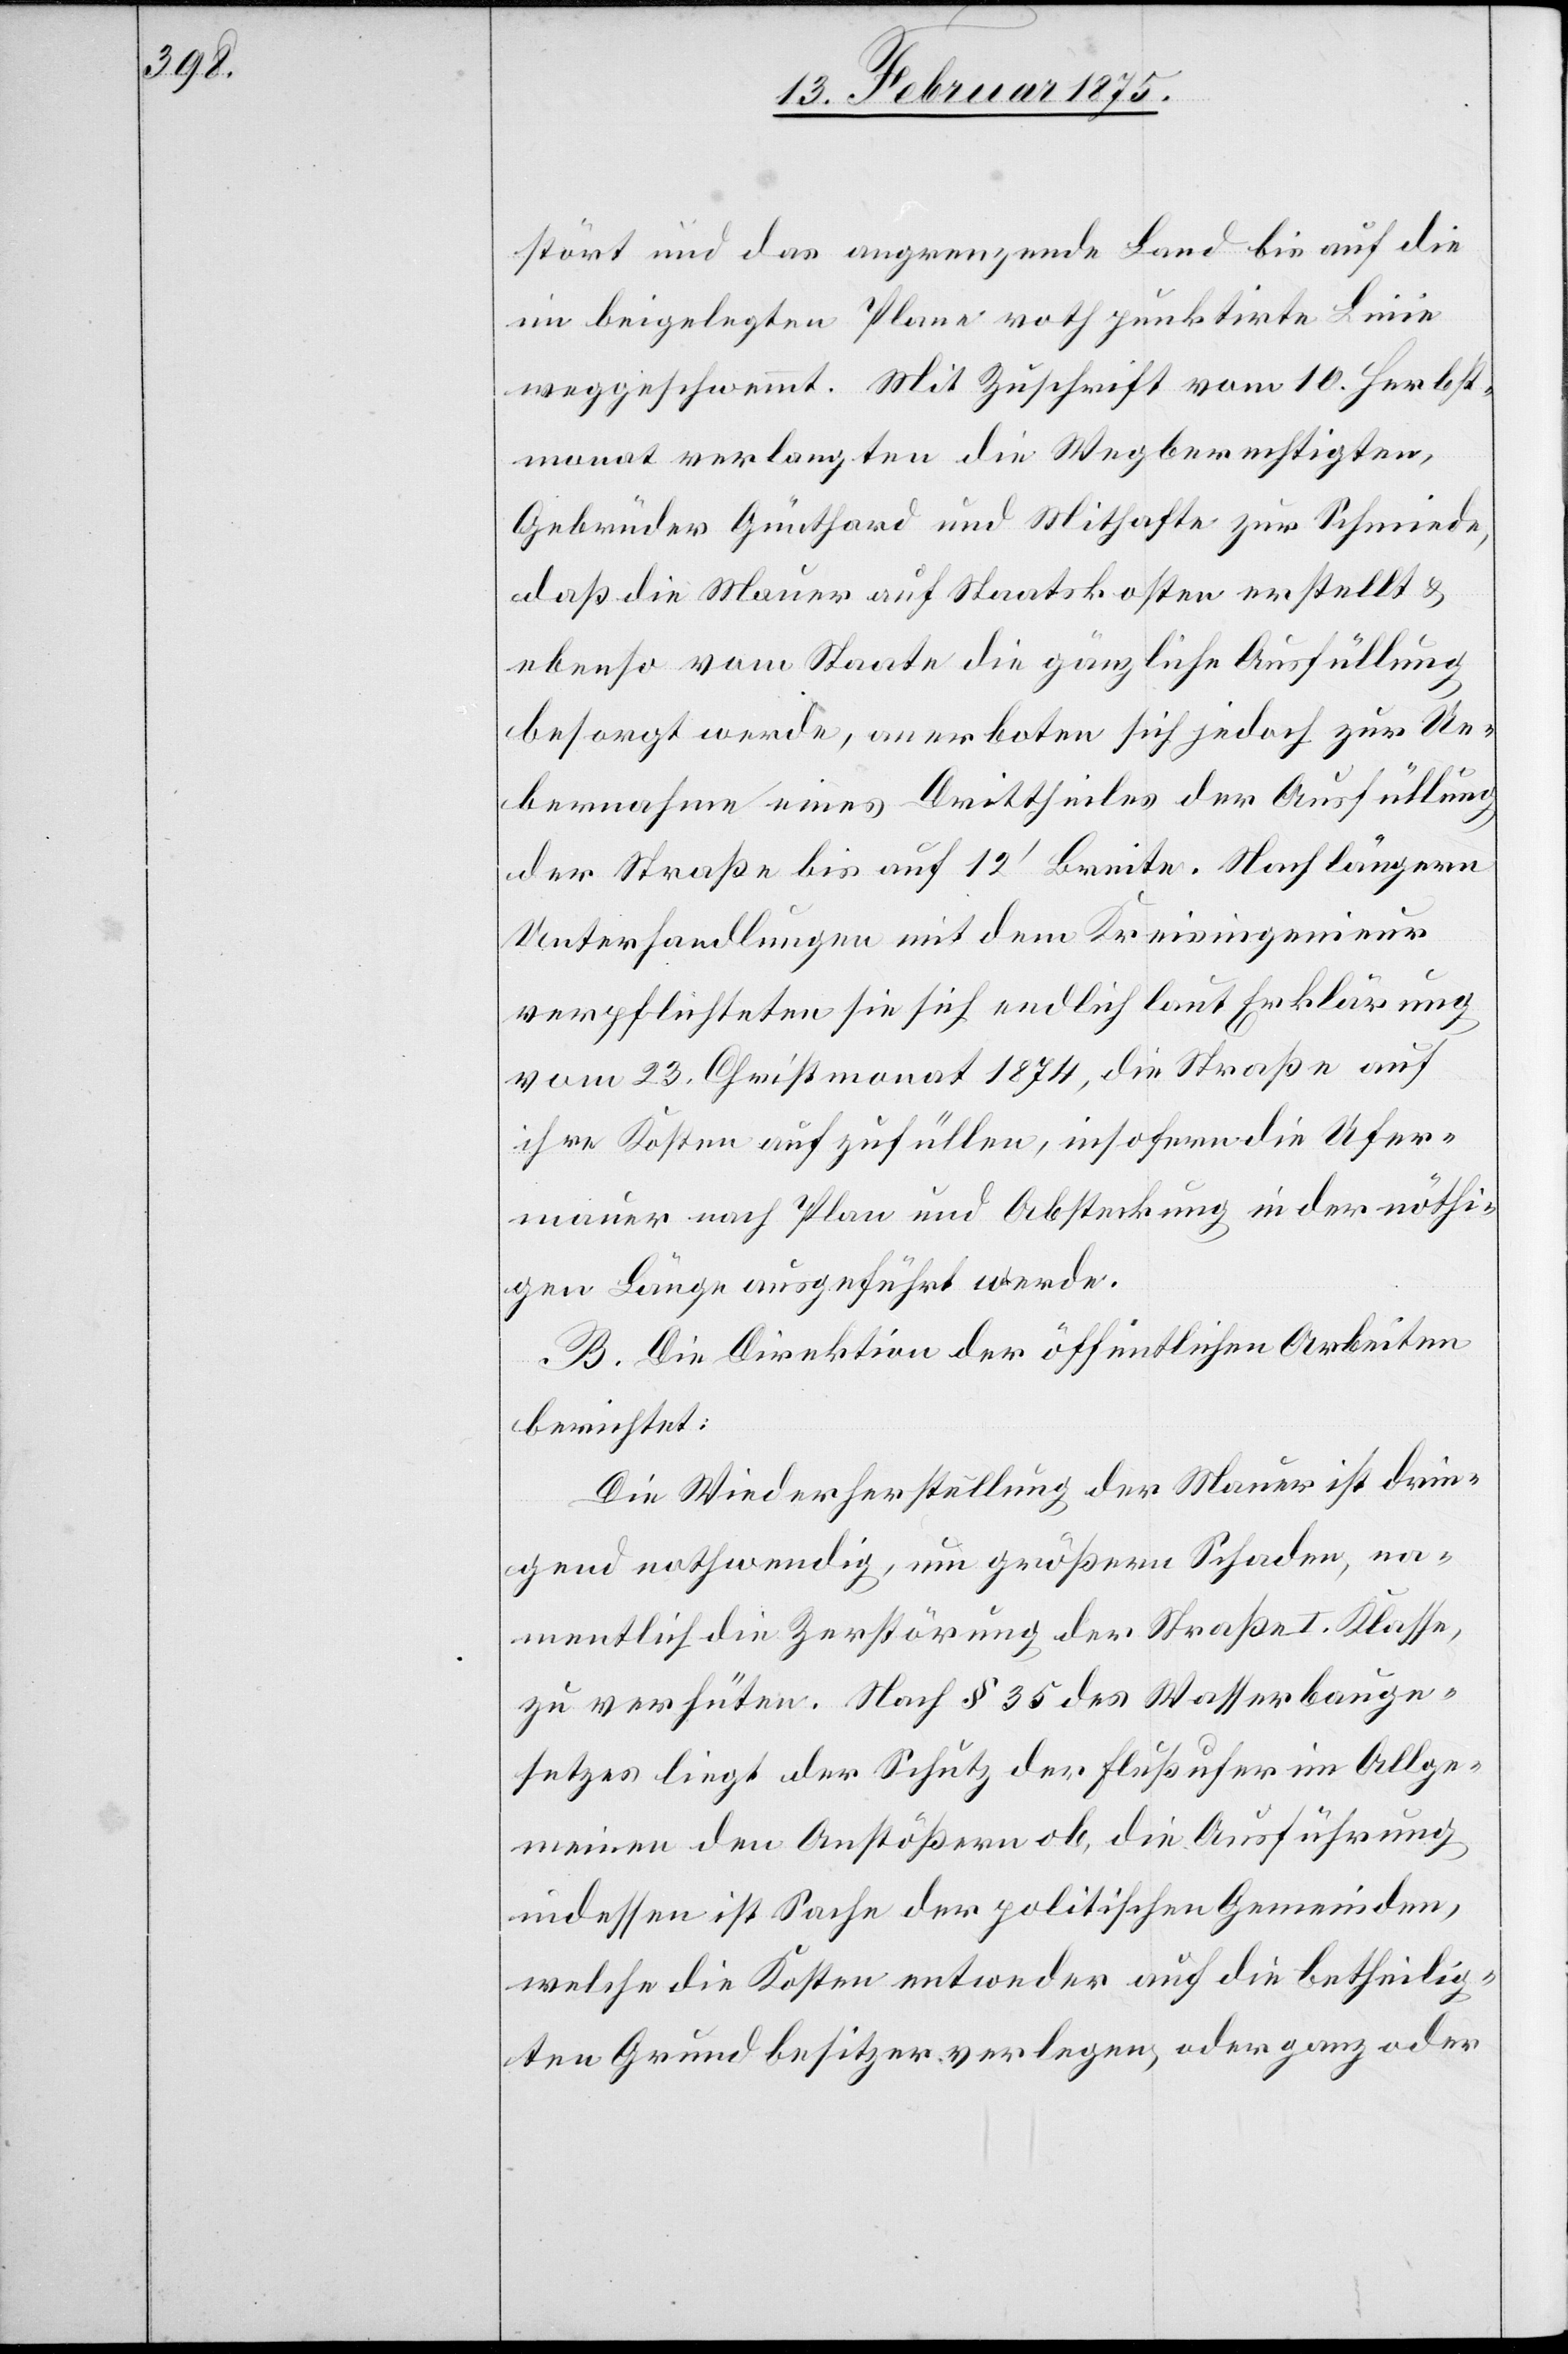
stört und das angrenzende Land bis auf die
im beigelegten Plane roth punktirte Linie
weggeschwemmt. Mit Zuschrift vom 10. Herbst¬
monat verlangten die Wegberechtigten,
Gebrüder Günthard und Mithafte zur Schmiede,
daß die Mauer auf Staatskosten erstellt &
ebenso vom Staate die gänzliche Ausfüllung
besorgt werde, anerboten sich jedoch zur Ue¬
bernahme eines Drittheiles der Ausfüllung
der Straße bis auf 12‘ Breite. Nach längern
Unterhandlungen mit dem Kreisingenieur
verpflichteten sie sich endlich laut Erklärung
vom 23. Christmonat 1874, die Straße auf
ihre Kosten aufzufüllen, insofern die Ufer¬
mauer nach Plan und Absteckung in der nöthi¬
gen Länge ausgeführt werde.
B. Die Direktion der öffentlichen Arbeiten
berichtet:
Die Wiederherstellung der Mauer ist drin¬
gend nothwendig, um größern Schaden, na¬
mentlich die Zerstörung der Straße I. Klasse,
zu verhüten. Nach § 35 des Wasserbauge¬
setzes liegt der Schutz der Flußufer im Allge¬
meinen den Anstößern ob, die Ausführung
indessen ist Sache der politischen Gemeinden,
welche die Kosten entweder auf die betheilig¬
ten Grundbesitzer verlegen, oder ganz oder